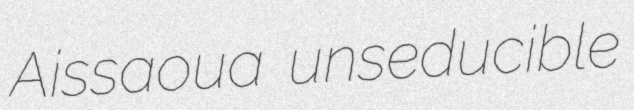
Aissaoua unseducible